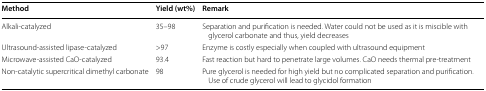
<table><thead><tr><td><b>Method</b></td><td><b>Yield (wt%)</b></td><td><b>Remark</b></td></tr></thead><tbody><tr><td>Alkali-catalyzed</td><td>35–98</td><td>Separation and purification is needed. Water could not be used as it is miscible with glycerol carbonate and thus, yield decreases</td></tr><tr><td>Ultrasound-assisted lipase-catalyzed</td><td>&gt;97</td><td>Enzyme is costly especially when coupled with ultrasound equipment</td></tr><tr><td>Microwave-assisted CaO-catalyzed</td><td>93.4</td><td>Fast reaction but hard to penetrate large volumes. CaO needs thermal pre-treatment</td></tr><tr><td>Non-catalytic supercritical dimethyl carbonate</td><td>98</td><td>Pure glycerol is needed for high yield but no complicated separation and purification. Use of crude glycerol will lead to glycidol formation</td></tr></tbody></table>